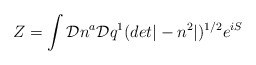
\begin{align*}Z = \int {\cal D}n^{a} {\cal D}q^{1} (det|-n^{2}|)^{1/2} e^{iS}\end{align*}